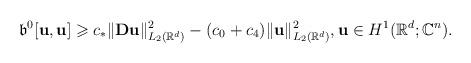
LaTeX: \begin{align*}\mathfrak{b}^0[\mathbf{u},\mathbf{u}]\geqslant c_* \Vert \mathbf{D}\mathbf{u}\Vert ^2 _{L_2(\mathbb{R}^d)}-(c_0+c_4)\Vert \mathbf{u}\Vert ^2 _{L_2(\mathbb{R}^d)},\mathbf{u}\in H^1(\mathbb{R}^d;\mathbb{C}^n).\end{align*}